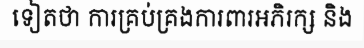
ទៀតថា ការគ្រប់គ្រងការពារអភិរក្ស និង